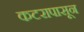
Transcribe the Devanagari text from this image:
कटरापासून